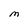
Character: M